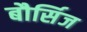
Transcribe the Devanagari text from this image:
बौर्सिज